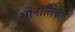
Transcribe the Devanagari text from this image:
सोनालिका